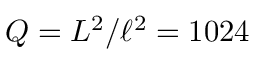
Q = L ^ { 2 } / \ell ^ { 2 } = 1 0 2 4